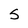
Character: S